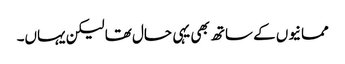
ممانیوں کے ساتھ بھی یہی حال تھا لیکن یہاں۔